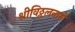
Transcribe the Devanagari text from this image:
श्रीविठ्ठलनामें